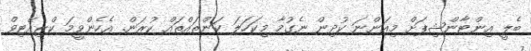
ބެލީ އިންޓާންޝިޕަށް މިއަންނަ ކުދިން ނެގުމާ މިކަހަލަ ކަންތައްތައް ކުރަން. އެހެންވީމަ ކްރިއޭޓިވް